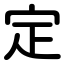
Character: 定